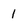
Character: 1